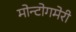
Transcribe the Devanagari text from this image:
मोन्टोगमेरी